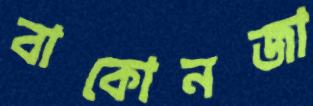
বাকোনজা